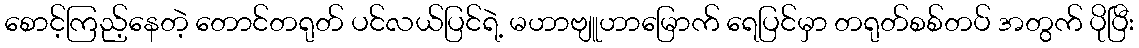
စောင့်ကြည့်နေတဲ့ တောင်တရုတ် ပင်လယ်ပြင်ရဲ့ မဟာဗျူဟာမြောက် ရေပြင်မှာ တရုတ်စစ်တပ် အတွက် ပိုပြီး